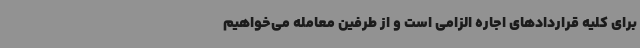
برای کلیه قراردادهای اجاره الزامی است و از طرفین معامله می‌خواهیم